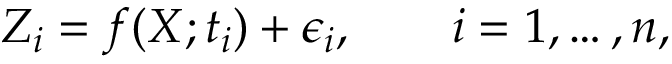
Z _ { i } = f ( X ; t _ { i } ) + \epsilon _ { i } , \qquad i = 1 , \ldots , n ,